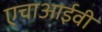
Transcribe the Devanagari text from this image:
एचाआईवी